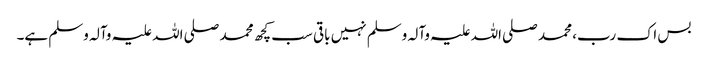
بس اک رب، محمد صلی اللہ علیہ وآلہ وسلم نہیں باقی سب کچھ محمد صلی اللہ علیہ وآلہ وسلم ہے۔